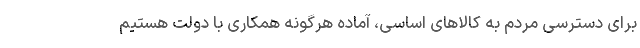
برای دسترسی مردم به کالا‌های اساسی، آماده هرگونه همکاری با دولت هستیم